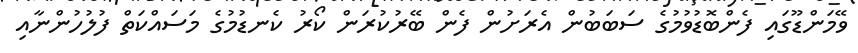
ވޭމަންޑޫގައި ފެންބޮޑުވުމުގެ ސަބަބުން އެރަށުން ފެން ބޭރުކުރަން ކޯރު ކެނޑުމުގެ މަސައްކަތް ފުލުހުންނާއި